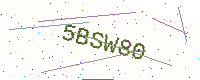
Text: 5BSW80